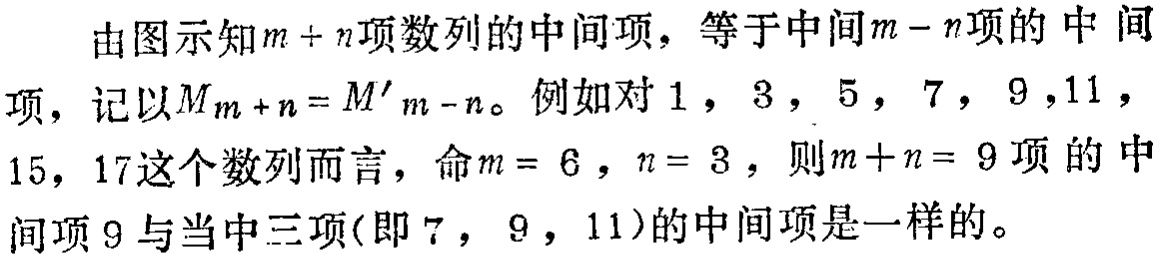
由图示知\(m + n\)项数列的中间项，等于中间\(m - n\)项的中间项，记以\(M_{m + n}= M^{\prime}_{m - n}\)。例如对\(1\)，\(3\)，\(5\)，\(7\)，\(9\)，\(11\)，\(15\)，\(17\)这个数列而言，命\(m = 6\)，\(n = 3\)，则\(m + n = 9\)项的中间项\(9\)与当中三项（即\(7\)，\(9\)，\(11\)）的中间项是一样的。